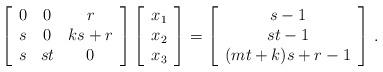
LaTeX: \begin{align*}\left[\begin{array}{ccc}0 & 0 & r \\s & 0 & ks+r \\s & st & 0\end{array}\right]\left[\begin{array}{c}x_1 \\x_2 \\x_3\end{array}\right]=\left[\begin{array}{c}s-1 \\st-1 \\(mt+k)s+r-1\end{array}\right] \, .\end{align*}